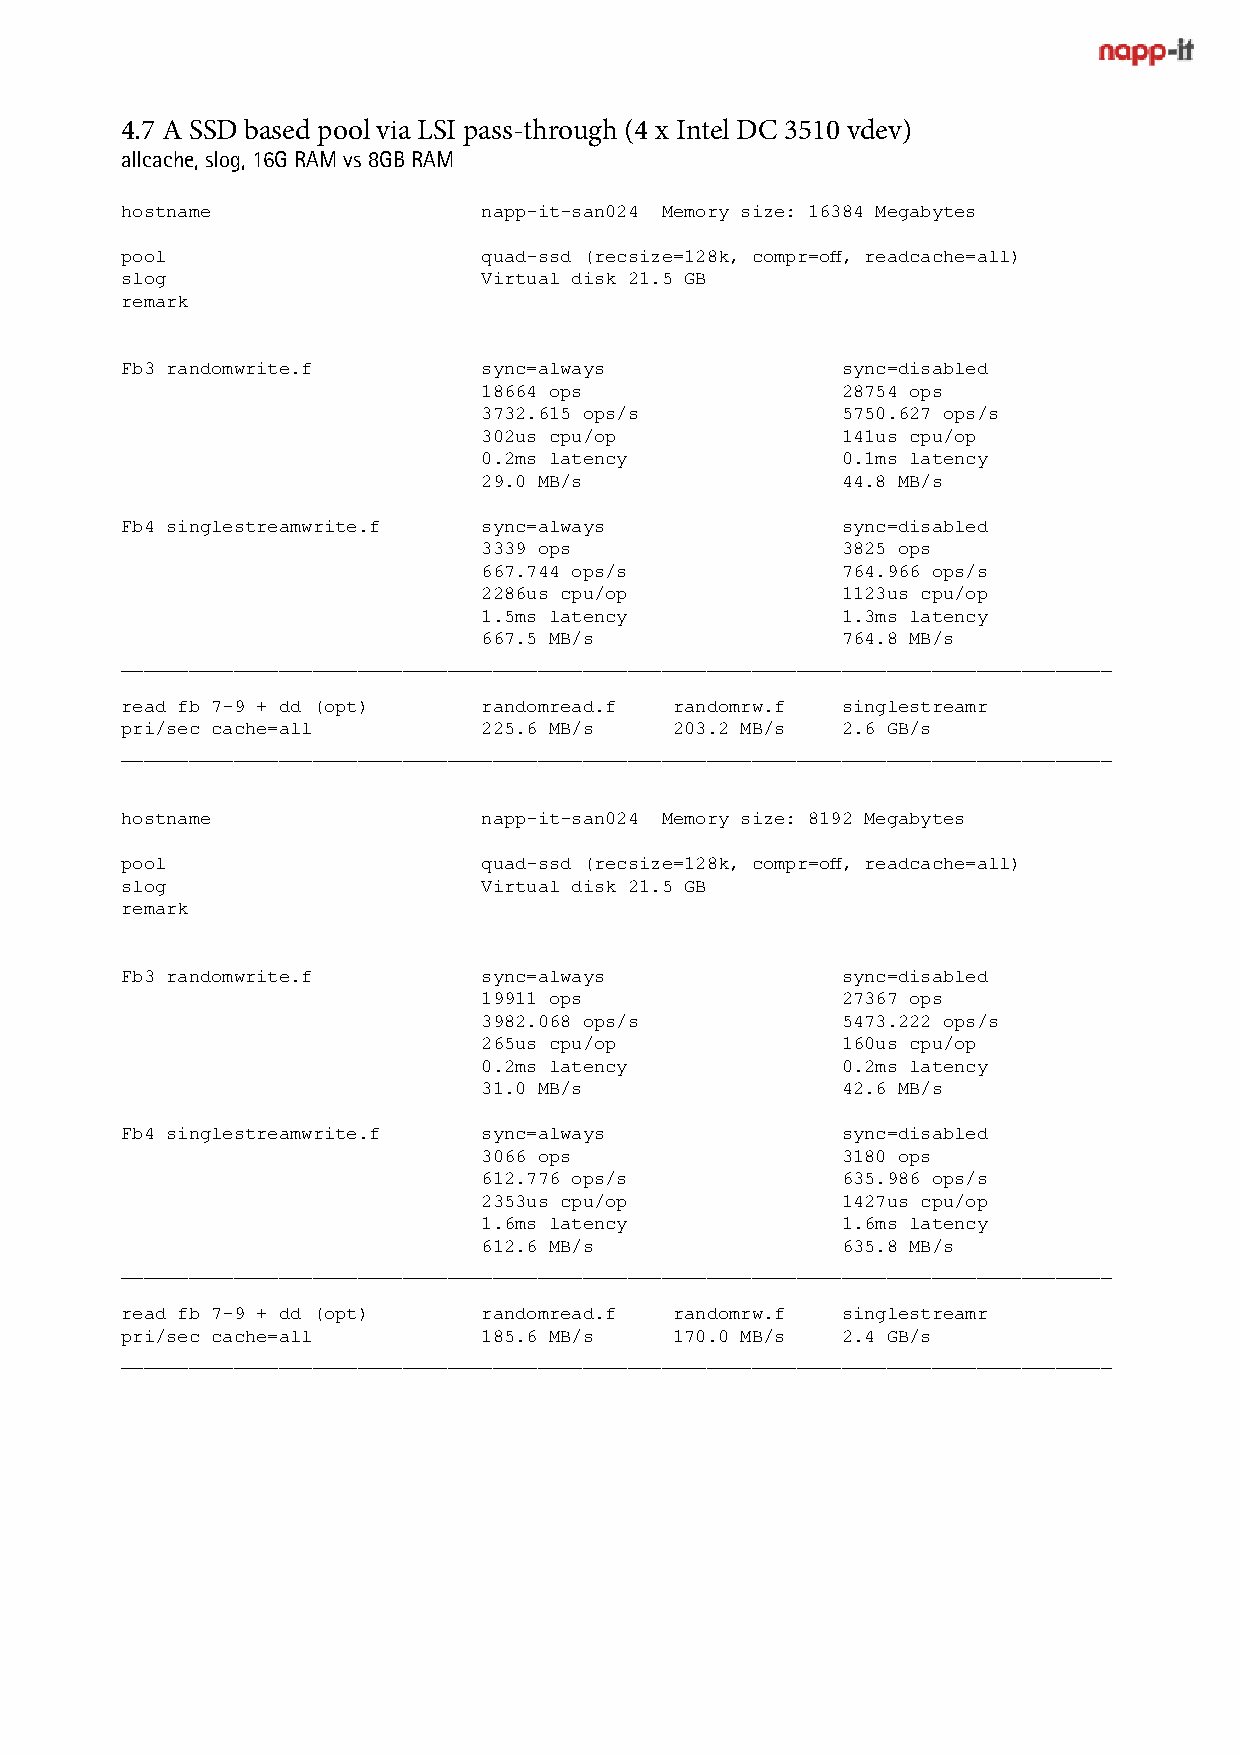
4.7 A SSD based pool via LSI pass-through (4 x Intel DC 3510 vdev)
 allcache, slog, 16G RAM vs 8GB RAM
 hostname                napp-it-san024 Memory size: 16384 Megabytes
 pool                    quad-ssd (recsize=128k, compr=off, readcache=all)
 slog                    Virtual disk 21.5 GB
 remark
 Fb3 randomwrite.f       sync=always             sync=disabled
 18664 ops               28754 ops
 3732.615 ops/s          5750.627 ops/s
 302us cpu/op            141us cpu/op
 0.2ms latency           0.1ms latency
 29.0 MB/s               44.8 MB/s
 Fb4 singlestreamwrite.f sync=always             sync=disabled
 3339 ops                3825 ops
 667.744 ops/s           764.966 ops/s
 2286us cpu/op           1123us cpu/op
 1.5ms latency           1.3ms latency
 667.5 MB/s              764.8 MB/s
 ________________________________________________________________________________________
 read fb 7-9 + dd (opt)  randomread.f randomrw.f singlestreamr
 pri/sec cache=all       225.6 MB/s   203.2 MB/s 2.6 GB/s
 ________________________________________________________________________________________
 hostname                napp-it-san024 Memory size: 8192 Megabytes
 pool                    quad-ssd (recsize=128k, compr=off, readcache=all)
 slog                    Virtual disk 21.5 GB
 remark
 Fb3 randomwrite.f       sync=always             sync=disabled
 19911 ops               27367 ops
 3982.068 ops/s          5473.222 ops/s
 265us cpu/op            160us cpu/op
 0.2ms latency           0.2ms latency
 31.0 MB/s               42.6 MB/s
 Fb4 singlestreamwrite.f sync=always             sync=disabled
 3066 ops                3180 ops
 612.776 ops/s           635.986 ops/s
 2353us cpu/op           1427us cpu/op
 1.6ms latency           1.6ms latency
 612.6 MB/s              635.8 MB/s
 ________________________________________________________________________________________
 read fb 7-9 + dd (opt)  randomread.f randomrw.f singlestreamr
 pri/sec cache=all       185.6 MB/s   170.0 MB/s 2.4 GB/s
 ________________________________________________________________________________________